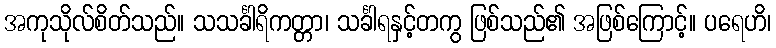
အကုသိုလ်စိတ်သည်။ သသင်္ခါရိကတ္တာ၊ သင်္ခါရနှင့်တကွ ဖြစ်သည်၏ အဖြစ်ကြောင့်။ ပရေဟိ၊